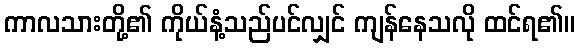
ကာလသားတို့၏ ကိုယ်နံ့သည်ပင်လျှင် ကျန်နေသလို ထင်ရ၏။